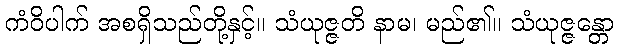
ကံဝိပါက် အစရှိသည်တို့နှင့်။ သံယုဇ္ဇတိ နာမ၊ မည်၏။ သံယုဇ္ဇန္တော